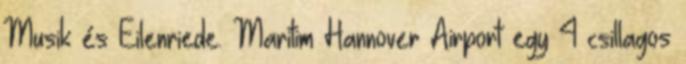
Musik és Eilenriede. Maritim Hannover Airport egy 4 csillagos